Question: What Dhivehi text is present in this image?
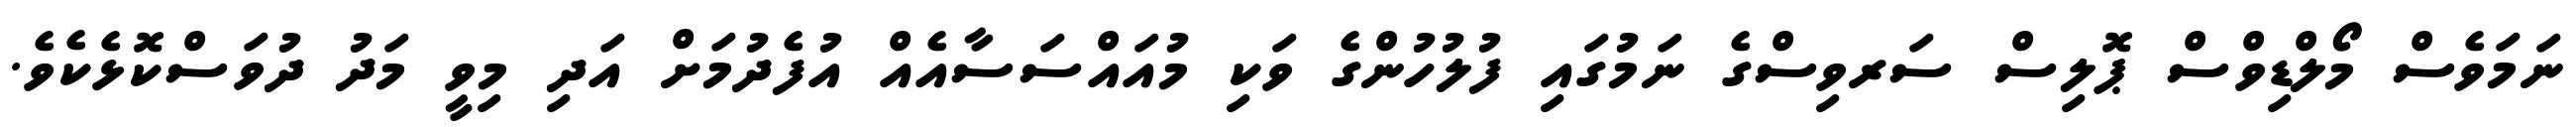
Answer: ނަމަވެސް މޯލްޑިވްސް ޕޮލިސް ސަރވިސްގެ ނަމުގައި ފުލުހުންގެ ވަކި މުއައްސަސާއެއް އުފެދުމަށް އަދި މިވީ މަދު ދުވަސްކޮޅެކެވެ.